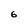
Character: 6